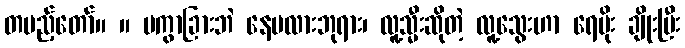
တပည့်တော်။ ။ မကွာခြားဘဲ နေမလားဘုရား၊ လူ့သ္မီးဆိုတဲ့ လူ့သွေးဟာ ရေမိုး ချိုးပြီး